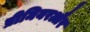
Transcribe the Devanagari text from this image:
प्रीमियरऔर